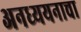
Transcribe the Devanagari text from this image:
अनध्ययनाचा